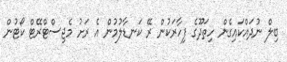
ބިލް ނުދައްކައިގެން ހިތަދޫގެ ފިހާރަކުން ރޭ ކަނޑާލުމުން އެ ރަށު މެޖިސްޓްރޭޓް ކޯޓުން